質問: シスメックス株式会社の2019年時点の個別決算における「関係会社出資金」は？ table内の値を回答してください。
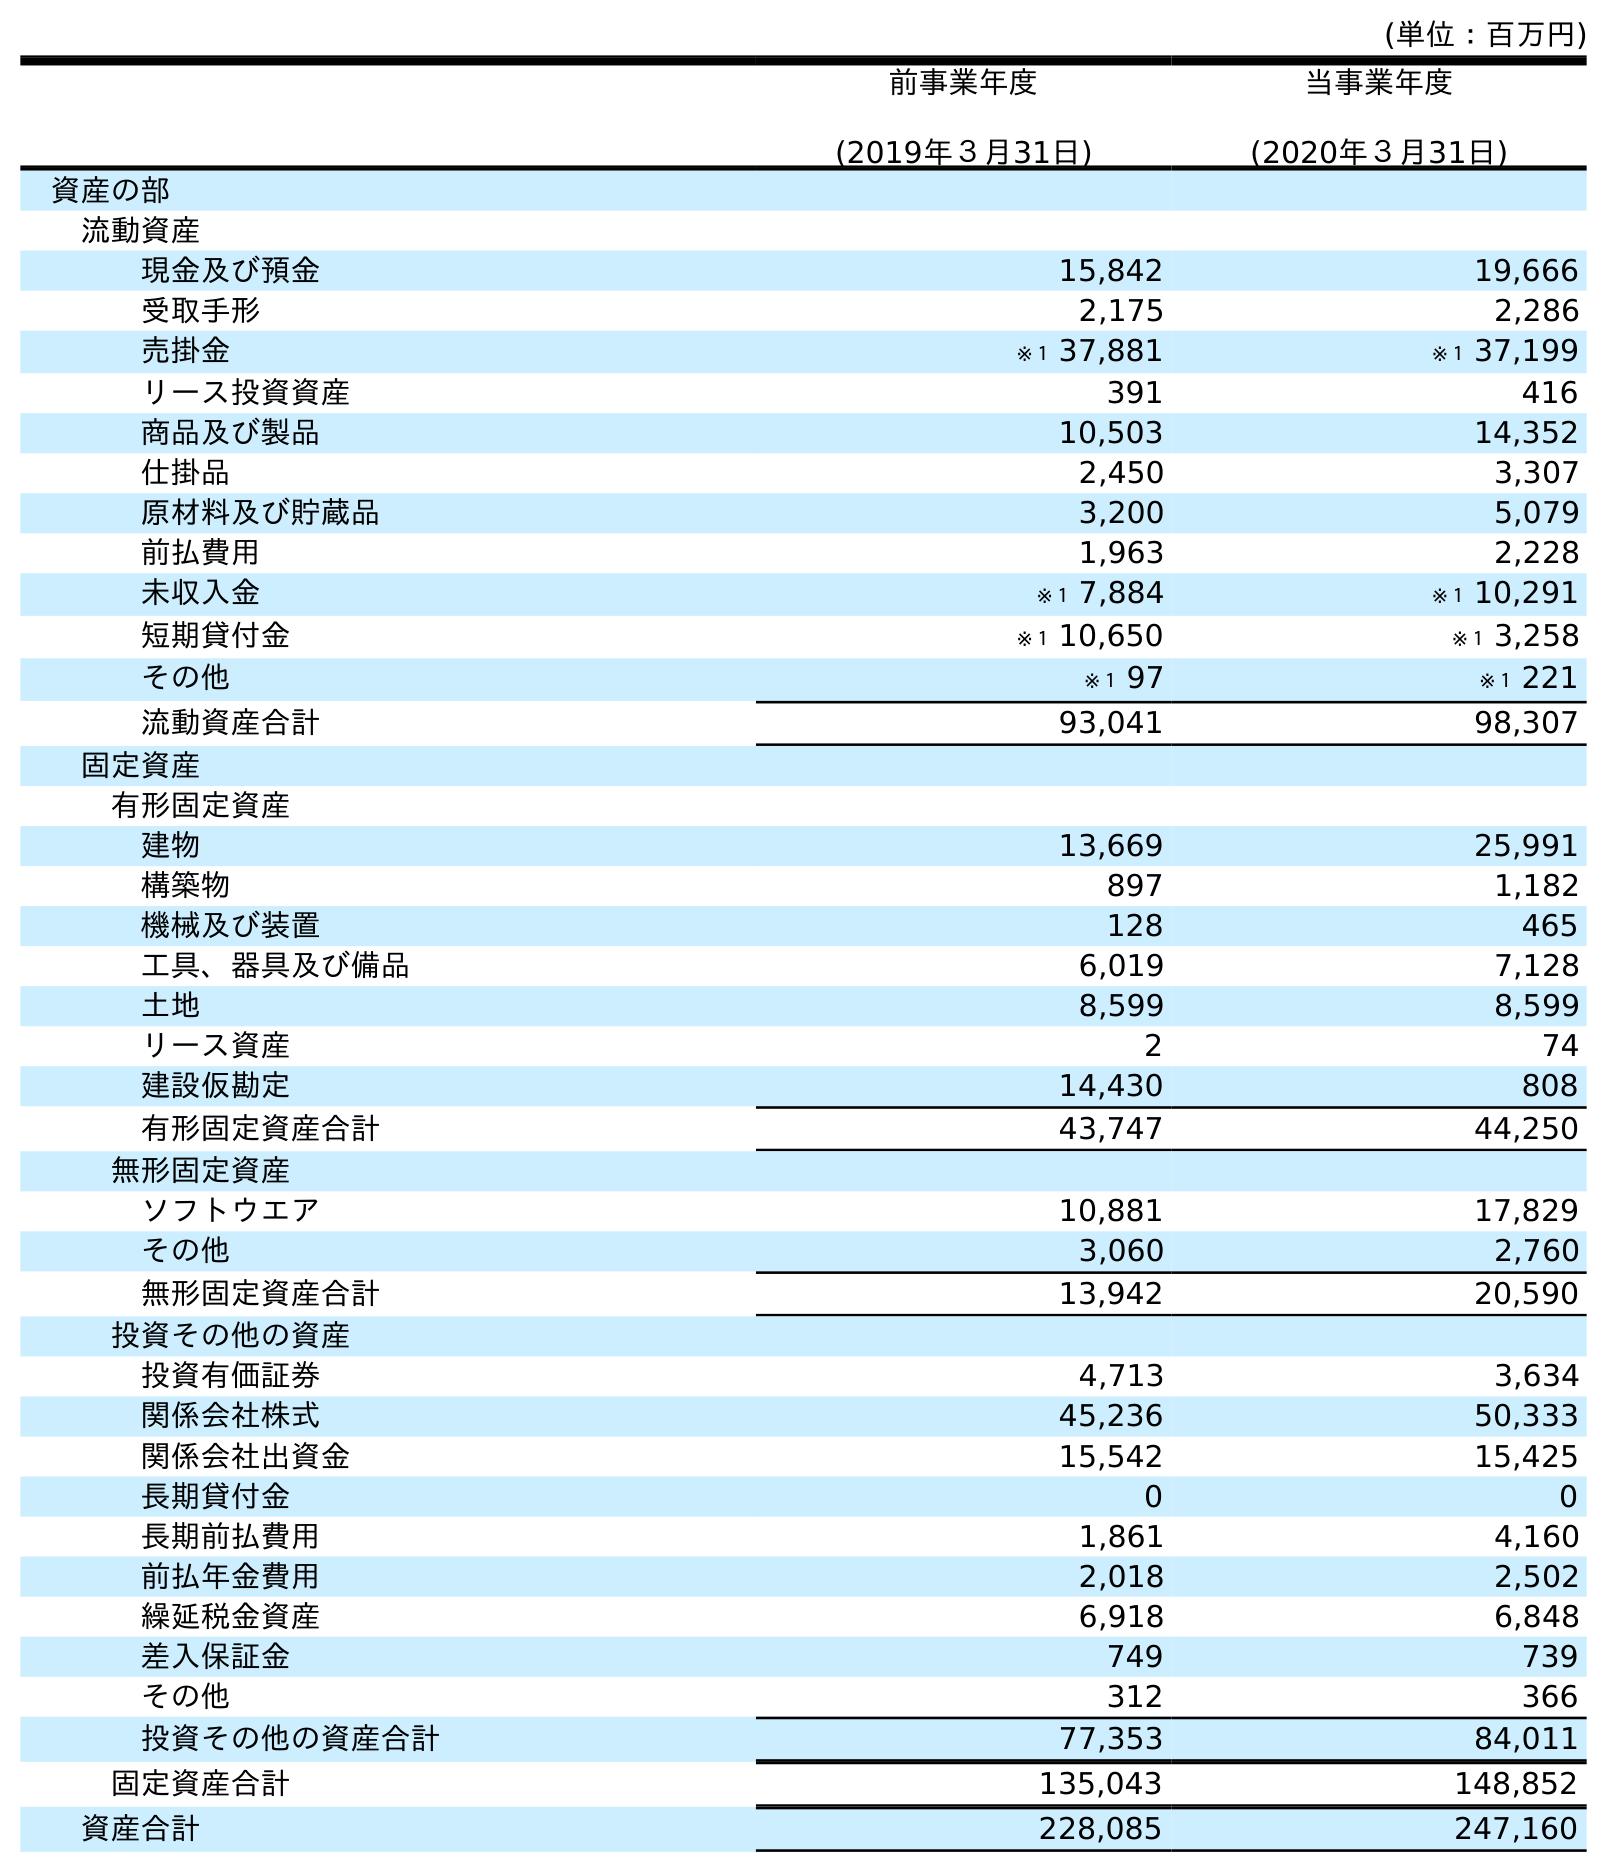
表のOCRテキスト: (単位：百万円) 前事業年度 (2019年３月31日) 当事業年度 (2020年３月31日) 資産の部 流動資産 現金及び預金 15,842 19,666 受取手形 2,175 2,286 売掛金 ※１ 37,881 ※１ 37,199 リース投資資産 391 416 商品及び製品 10,503 14,352 仕掛品 2,450 3,307 原材料及び貯蔵品 3,200 5,079 前払費用 1,963 2,228 未収入金 ※１ 7,884 ※１ 10,291 短期貸付金 ※１ 10,650 ※１ 3,258 その他 ※１ 97 ※１ 221 流動資産合計 93,041 98,307 固定資産 有形固定資産 建物 13,669 25,991 構築物 897 1,182 機械及び装置 128 465 工具、器具及び備品 6,019 7,128 土地 8,599 8,599 リース資産 2 74 建設仮勘定 14,430 808 有形固定資産合計 43,747 44,250 無形固定資産 ソフトウエア 10,881 17,829 その他 3,060 2,760 無形固定資産合計 13,942 20,590 投資その他の資産 投資有価証券 4,713 3,634 関係会社株式 45,236 50,333 関係会社出資金 15,542 15,425 長期貸付金 0 0 長期前払費用 1,861 4,160 前払年金費用 2,018 2,502 繰延税金資産 6,918 6,848 差入保証金 749 739 その他 312 366 投資その他の資産合計 77,353 84,011 固定資産合計 135,043 148,852 資産合計 228,085 247,160
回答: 15,542